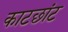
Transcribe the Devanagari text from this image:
काटछांट